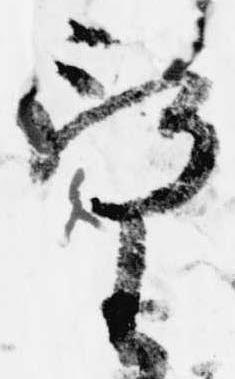
望